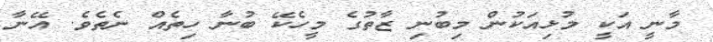
މާނީ އަކީ މުޅިއަކުން މިބުނި ޒާތުގެ މީހެކޭ ބުނާ ހިތެއް ނެތެވެ. އޭނާ